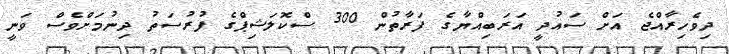
ދިވެހިރާއްޖެ އަށް ސައުދީ އަރަބިއްޔާގެ ފަރާތުން 300 ސްކޮލަޝިޕްގެ ފުރުސަތު ދިނުމަށްވެސް ވަނީ